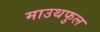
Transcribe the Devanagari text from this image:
माउथफुल